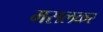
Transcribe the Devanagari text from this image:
मसलकर